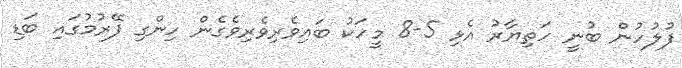
ފުލުހުން ބުނީ ހަތިޔާރު އެޅި 5-8 މީހަކު ބައިވެރިވެރިވެގެން ހިންގި ފޭރުމުގައި ބަޑި